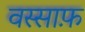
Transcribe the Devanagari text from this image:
वस्साफ़